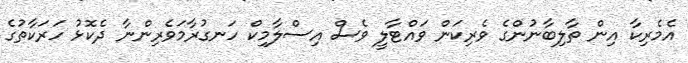
އެމެރިކާ އިން ތާލިބާނުންގެ ވެރިކަން ވައްޓާލީ ވެސް އިސްލާމިކް ހަނގުރާމަވެރިންނާ ދެކޮޅު ހަރަކާތުގެ